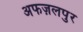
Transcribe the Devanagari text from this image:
अफज़लपुर